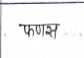
मजकूर: फणस